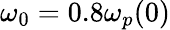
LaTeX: \omega_{0}=0.8\omega_{p}(0)